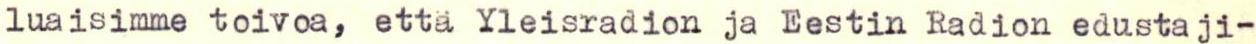
luaisimme toivoa, että Yleisradion ja Eestin Radion edustaji-